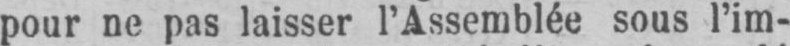
pour ne pas laisser l’Assemblée sous l’im-